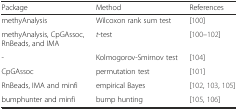
| Package | Method | References |
 | --- | --- | --- |
 | methyAnalysis | Wilcoxon rank sum test | [100] |
 | methyAnalysis, CpGAssoc, RnBeads, and IMA | t-test | [100–102] |
 | - | Kolmogorov-Smirnov test | [104] |
 | CpGAssoc | permutation test | [101] |
 | RnBeads, IMA and minfi | empirical Bayes | [102, 103, 105] |
 | bumphunter and minfi | bump hunting | [105, 106] |